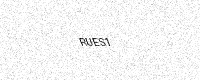
Text: RUES1